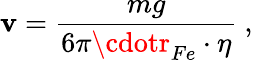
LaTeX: \mathbf{v}=\frac{{mg}}{{6\pi\cdotr_{Fe}\cdot\eta}}~,